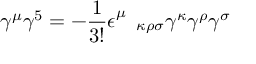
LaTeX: \gamma ^ { \mu } \gamma ^ { 5 } = - \frac { 1 } { 3 ! } \epsilon _ { \quad \kappa \rho \sigma } ^ { \mu } \gamma ^ { \kappa } \gamma ^ { \rho } \gamma ^ { \sigma }